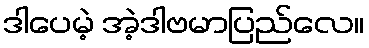
ဒါပေမဲ့ အဲ့ဒါဗမာပြည်လေ။